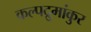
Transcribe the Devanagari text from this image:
कल्पद्रुमांकुर